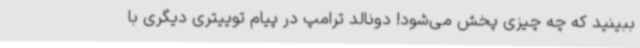
ببینید که چه چیزی پخش می‌شود! دونالد ترامپ در پیام توییتری دیگری با